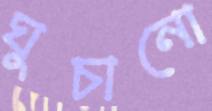
ঘুচানো